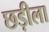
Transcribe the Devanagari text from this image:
छड़ीला